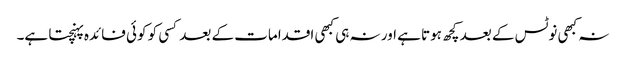
نہ کبھی نوٹس کے بعد کچھ ہوتا ہے اور نہ ہی کبھی اقدامات کے بعد کسی کو کوئی فائدہ پہنچتا ہے۔